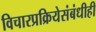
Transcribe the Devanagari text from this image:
विचारप्रक्रियेसंबंधीही